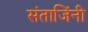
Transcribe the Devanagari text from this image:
संताजिंनी